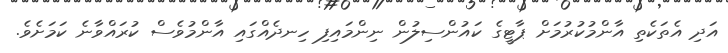
އަދި އެތަކެތި އާންމުކުރުމަށް ޕާޓީގެ ކައުންސިލުން ނިންމައިފި ހިނދެއްގައި އާންމުވެސް ކުރައްވާނެ ކަމަށެވެ.